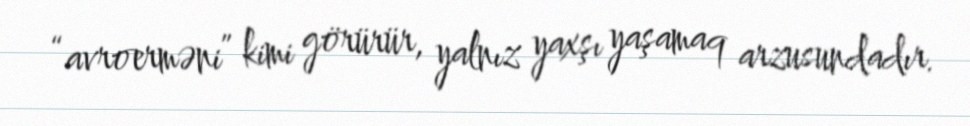
“avroerməni” kimi görürür, yalnız yaxşı yaşamaq arzusundadır.